Civil Veterinary Department. Madras. Admin. report 1926-33 - 1926-1933
Year: 1926
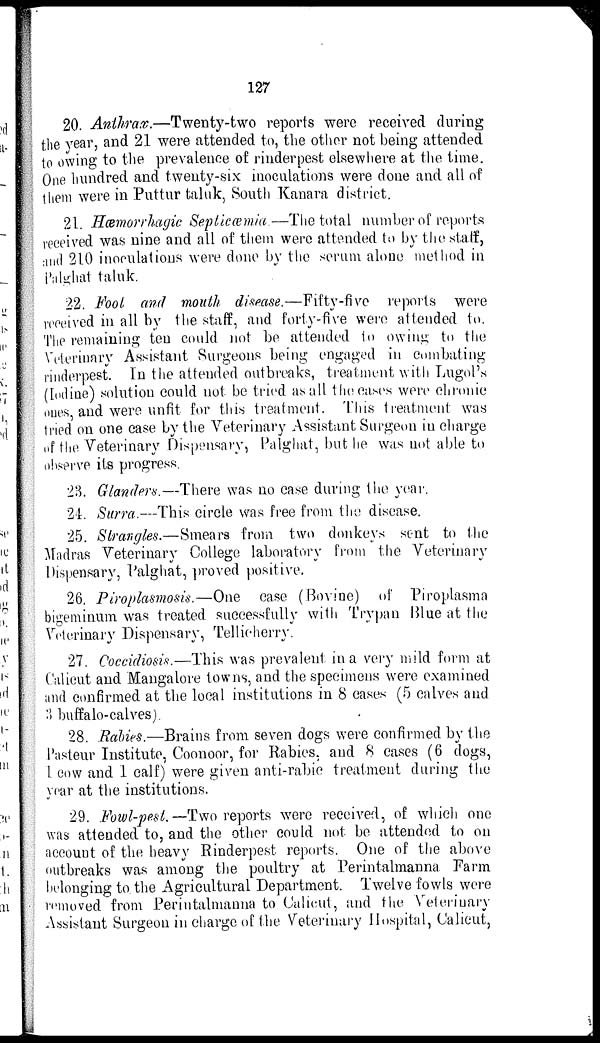
127
20. Anthrax.—Twenty-two reports were received during
the year, and 21 were attended to, the other not being attended
to owing to the prevalence of rinderpest elsewhere at the time.
One hundred and twenty-six inoculations were done and all of
them were in Puttur taluk, South Kanara district.
21. Hæmorrhagie Septicæmia.—The total number of reports
received was nine and all of them were attended to by the staff,
and 210 inoculations were done by the serum alone method in
Palghat taluk.
22. Foot and mouth disease.—Fifty-five reports were
received in all by the staff, and forty-five were attended to.
The remaining ten could not be attended to owing to the
Veterinary Assistant Surgeons being engaged in combating
rinderpest. In the attended outbreaks, treatment with Lugol's
(Iodine) solution could not be tried as all the cases were chronic
ones, and were unfit for this treatment. This treatment was
tried on one case by the Veterinary Assistant Surgeon in charge
of the Veterinary Dispensary, Palghat, but he was not able to
observe its progress.
23. Glanders.—There was no case during the year.
24. Surra.—This circle was free from the disease.
25. Strangles.—Smears from two donkeys sent to the
Madras Veterinary College laboratory from the Veterinary
Dispensary, Palghat, proved positive.
26. Piroplasmosis.—One case (Bovine) of Piroplasma
bigeminum was treated successfully with Trypan Blue at the
Veterinary Dispensary, Tellicherry.
27. Coccidiosis.—This was prevalent in a very mild form at
Calicut and Mangalore towns, and the specimens were examined
and confirmed at the local institutions in 8 cases (5 calves and
3 buffalo-calves).
28. Rabies.—Brains from seven dogs were confirmed by the
Pasteur Institute, Coonoor, for Rabies, and 8 cases (6 dogs,
1 cow and 1 calf) were given anti-rabic treatment during the
year at the institutions.
29. Fowl-pest. —Two reports were received, of which one
was attended to, and the other could not be attended to on
account of the heavy Rinderpest reports. One of the above
outbreaks was among the poultry at Perintalmanna Farm
belonging to. the Agricultural Department. Twelve fowls were
removed from Perintalmanna to Calicut, and the Veterinary
Assistant Surgeon in charge of the Veterinary Hospital, Calicut,